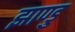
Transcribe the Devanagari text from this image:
झाण्डु